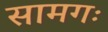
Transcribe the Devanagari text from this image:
सामगः